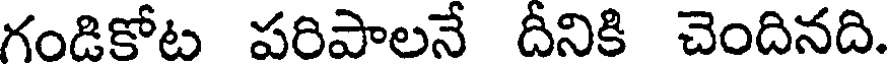
గండికోట పరిపాలనే దీనికి చెందినది.